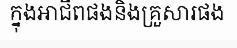
ក្នុងអាជីពផងនិងគ្រួសារផង